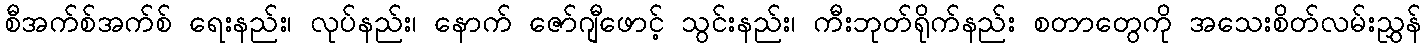
စီအက်စ်အက်စ် ရေးနည်း၊ လုပ်နည်း၊ နောက် ဇော်ဂျီဖောင့် သွင်းနည်း၊ ကီးဘုတ်ရိုက်နည်း စတာတွေကို အသေးစိတ်လမ်းညွှန်